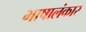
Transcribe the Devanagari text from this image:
भाषालंकार